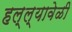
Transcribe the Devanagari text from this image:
हल्ल्यावेळी